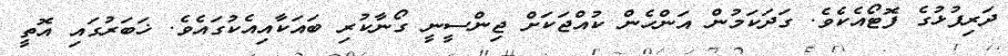
ދަރިފުޅުގެ ފޮޓޯއެކެވެ. ގަދަކަމުން އަންހެން ކުއްޖަކަށް ޖިންސީނީ ގޯނާކުރި ބައަކާއިއެކުގައެވެ. ޚަބަރުގައި އޮތީ